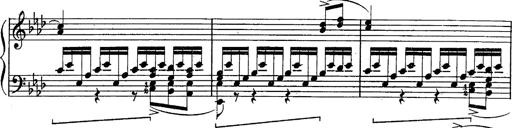
Title: Schubert's Impromptus [revised and edited by Franz Liszt]
Composer: Franz Liszt